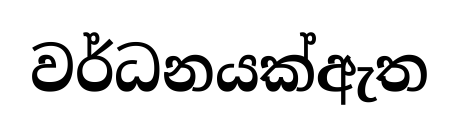
වර්ධනයක්ඇත